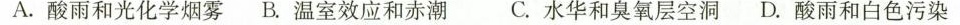
A. 酸雨和光化学烟雾 B. 温室效应和赤潮 C. 水华和臭氧层空洞 D. 酸雨和白色污染